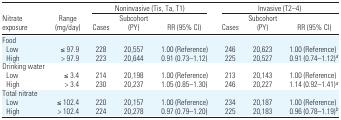
<table><thead><tr><td></td><td></td><td colspan="3"><b>Noninvasive (Tis, Ta, T1)</b></td><td colspan="3"><b>Invasive (T2–4)</b></td></tr><tr><td><b>Nitrate exposure</b></td><td><b>Range (mg/day)</b></td><td><b>Cases</b></td><td><b>Subcohort (PY)</b></td><td><b>RR (95% CI)</b></td><td><b>Cases</b></td><td><b>Subcohort (PY)</b></td><td><b>RR (95% CI)</b></td></tr></thead><tbody><tr><td colspan="8">Food</td></tr><tr><td> Low</td><td>≤ 97.9</td><td>228</td><td>20,557</td><td>1.00 (Reference)</td><td>246</td><td>20,623</td><td>1.00 (Reference)</td></tr><tr><td> High</td><td>&gt; 97.9</td><td>223</td><td>20,644</td><td>0.91 (0.73–1.12)</td><td>225</td><td>20,527</td><td>0.91 (0.74–1.12)a</td></tr><tr><td colspan="8">Drinking water</td></tr><tr><td> Low</td><td>≤ 3.4</td><td>214</td><td>20,198</td><td>1.00 (Reference)</td><td>213</td><td>20,143</td><td>1.00 (Reference)</td></tr><tr><td> High</td><td>&gt; 3.4</td><td>230</td><td>20,237</td><td>1.05 (0.85–1.30)</td><td>246</td><td>20,227</td><td>1.14 (0.92–1.41)a</td></tr><tr><td colspan="8">Total nitrate</td></tr><tr><td> Low</td><td>≤ 102.4</td><td>220</td><td>20,157</td><td>1.00 (Reference)</td><td>234</td><td>20,187</td><td>1.00 (Reference)</td></tr><tr><td> High</td><td>&gt; 102.4</td><td>224</td><td>20,278</td><td>0.97 (0.79–1.20)</td><td>225</td><td>20,183</td><td>0.96 (0.78–1.19)b</td></tr></tbody></table>